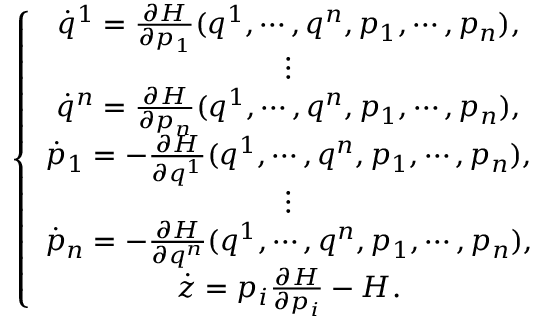
\left\lbrace \begin{array} { c } { \dot { q } ^ { 1 } = \frac { \partial H } { \partial p _ { 1 } } ( q ^ { 1 } , \cdots , q ^ { n } , p _ { 1 } , \cdots , p _ { n } ) , } \\ { \vdots } \\ { \dot { q } ^ { n } = \frac { \partial H } { \partial p _ { n } } ( q ^ { 1 } , \cdots , q ^ { n } , p _ { 1 } , \cdots , p _ { n } ) , } \\ { \dot { p } _ { 1 } = - \frac { \partial H } { \partial q ^ { 1 } } ( q ^ { 1 } , \cdots , q ^ { n } , p _ { 1 } , \cdots , p _ { n } ) , } \\ { \vdots } \\ { \dot { p } _ { n } = - \frac { \partial H } { \partial q ^ { n } } ( q ^ { 1 } , \cdots , q ^ { n } , p _ { 1 } , \cdots , p _ { n } ) , } \\ { \dot { z } = p _ { i } \frac { \partial H } { \partial p _ { i } } - H . } \end{array} \right.